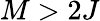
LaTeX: M>2J